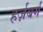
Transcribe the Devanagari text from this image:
हर्ज़बर्ग